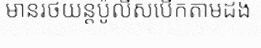
មានរថយន្តប៉ូលីសបើកតាមដង់